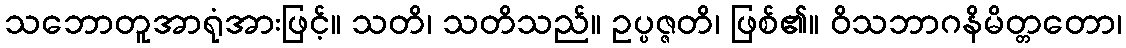
သဘောတူအာရုံအားဖြင့်။ သတိ၊ သတိသည်။ ဥပ္ပဇ္ဇတိ၊ ဖြစ်၏။ ဝိသဘာဂနိမိတ္တတော၊